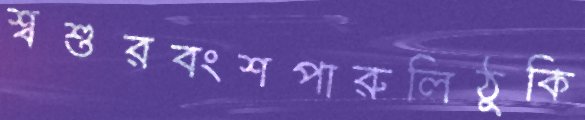
শ্বশুরবংশপারুলিঠুকি